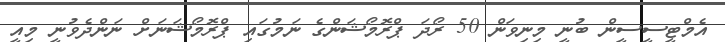
އެމްޓީސީސީން ބުނީ މިނިވަން 50 ރޯދަ ޕްރޮމޯޝަަންގެ ނަމުގައި ޕްރޮމޯޝަނަށް ނަންދެވުނީ މިއީ